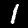
Label: 1